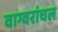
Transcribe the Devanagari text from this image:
वाग्वरांचल